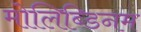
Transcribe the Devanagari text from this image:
मोलिब्डिनम